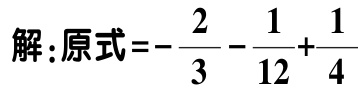
解：原式\(=-\frac{2}{3}-\frac{1}{12}+\frac{1}{4}\)